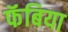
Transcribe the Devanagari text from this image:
फॅबिया